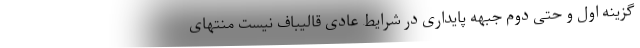
گزینه اول و حتی دوم جبهه پایداری در شرایط عادی قالیباف نیست منتهای